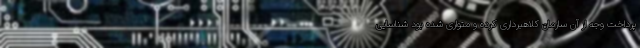
پرداخت وجه از آن سازمان کلاهبرداری کرده و متواری شده بود شناسایی